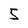
Character: 5